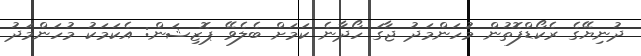
ދުނިޔޭގެ ރެކޯޑްފޮތުން މުހަންމަދު ޖާގަ ހޯދާނެ ކަމަށް ބެލެވޭ ޕޮޒިޝަން: އެކަމަކު މުހަންމަދު